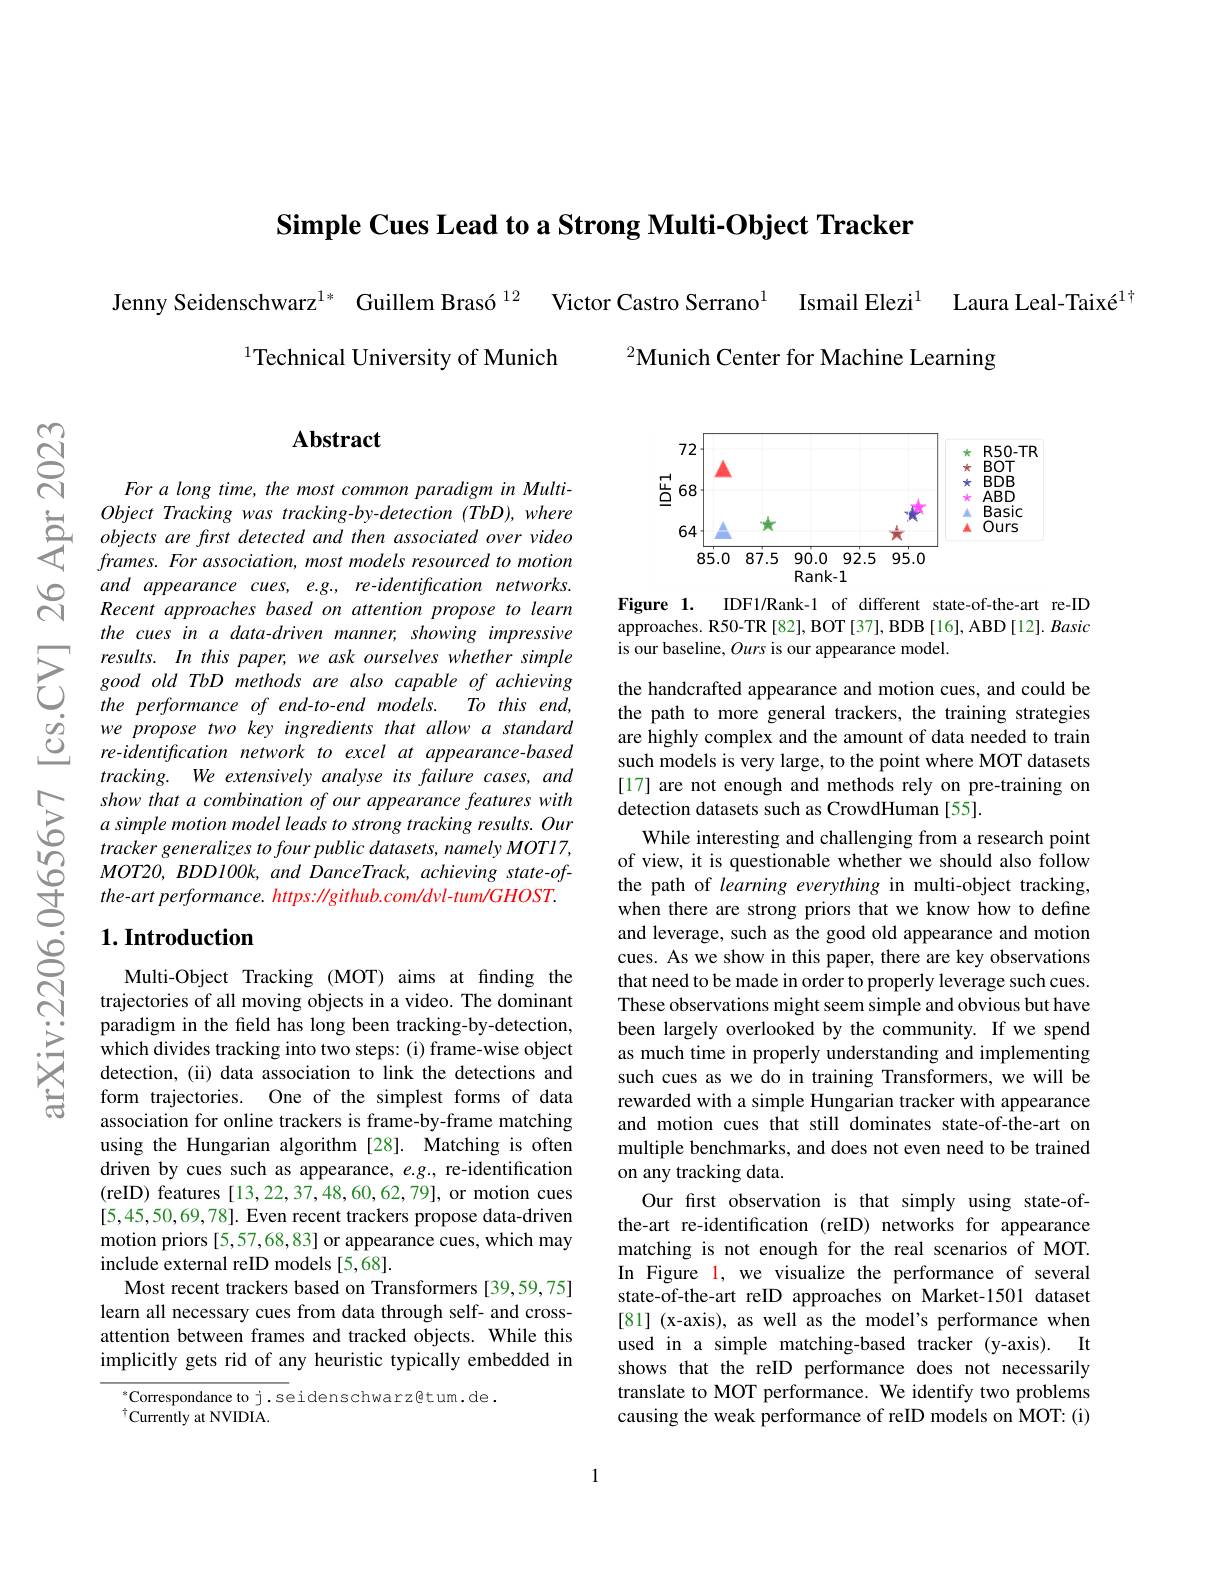
Simple Cues Lead to a Strong Multi-Object Tracker

$ଟ୍ରି$

Laura Leal-Taixé$^{1\dagger}$

Jenny Seidenschwarz$^{1*}$ Guillem Brasó $^{12}$ Victor Castro Serrano$^{1}$ Ismail Elezi$^{1}$
$^{1}$Technical University of Munich
$^{2}$Munich Center for Machine Learning

## $\mathbf{Abstract}$

<FigureHere>

Figure 1.
IDF1/Rank-1 of different state-of-the-art re-ID
approaches. R50-TR[82], BOT[37], BDB[16], ABD[12]. Basic
is our baseline, Ours is our appearance model.

For a long time, the most common paradigm in Multi-
$\begin{array}{lll}&Object&Tracking&was&tracking-by-detectio\end{array}$
and appearance cues, e.g., re-identification networks. Recent approaches based on attention propose to learn the cues in a data-driven manner, showing impressive results. In this paper, we ask ourselves whether simple good old TbD methods are also capable of achieving
$Tothisend$,
the performance of end-to-end models.
we propose two key ingredients that allow a standard re-identification network to excel at appearance-based tracking. We extensively analyse its failure cases, and show that a combination of our appearance features with a simple motion model leads to strong tracking results. Our tracker generalizes to four public datasets, namely MOT17, $MOT2O,BDDIOOk,and$ DanceTrack, achieving state-ofthe-art performance. https: //github.com/dvl-tum/GHOST.

## $1. \textbf{Introduction}$

the handcrafted appearance and motion cues, and could be the path to more general trackers, the training strategies are highly complex and the amount of data needed to train such models is very large, to the point where MOT datasets [17] are not enough and methods rely on pre-training on detection datasets such as CrowdHuman [55].
While interesting and challenging from a research point of view, it is questionable whether we should also follow the path of learning everything in multi-object tracking, when there are strong priors that we know how to define and leverage, such as the good old appearance and motion cues. As we show in this paper, there are key observations that need to be made in order to properly leverage such cues. These observations might seem simple and obvious but have been largely overlooked by the community. If we spend as much time in properly understanding and implementing such cues as we do in training Transformers, we will be rewarded with a simple Hungarian tracker with appearance and motion cues that still dominates state-of-the-art on multiple benchmarks, and does not even need to be trained on any tracking data.
Our first observation is that simply using state-ofthe-art re-identification (reID) networks for appearance matching is not enough for the real scenarios of MOT. In Figure 1, we visualize the performance of several state-of-the-art reID approaches on Market-1501 dataset [81] (x-axis), as well as the model's performance when
It
used in a simple matching-based tracker (y-axis).
shows that the reID performance does not necessarily translate to MOT performance. We identify two problems causing the weak performance of reID models on MOT: (i)

Multi-Object Tracking (MOT) aims at finding the trajectories of all moving objects in a video. The dominant paradigm in the field has long been tracking-by-detection, which divides tracking into two steps: (i) frame-wise object detection, (ii) data association to link the detections and form trajectories. One of the simplest forms of data association for online trackers is frame-by-frame matching using the Hungarian algorithm [28]. Matching is often driven by cues such as appearance, $e.g.$, re-identification (reID) features [13,22,37,48,60,62,79], or motion cues [5,45,50,69,78]. Even recent trackers propose data-driven motion priors [5,57,68,83] or appearance cues, which may include external reID models [5,68].
Most recent trackers based on Transformers [39,59,75] learn all necessary cues from data through self- and crossattention between frames and tracked objects. While this implicitly gets rid of any heuristic typically embedded in

Correspondance to j.seidenschwarz@tum.de.
$^{\dagger}$Currently at NVIDIA.

1